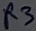
Text: R3